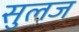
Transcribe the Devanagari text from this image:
सुलज